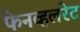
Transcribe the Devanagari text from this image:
फेनव्हलरेट